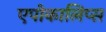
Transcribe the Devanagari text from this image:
एपोकालिप्स